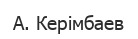
А. Керімбаев